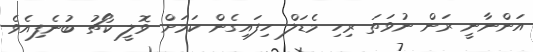
އަންނާނީ ރަން ނުވަތަ ރިހި މެޑަލް ހިފައިގެން ކަމަށް ވޮލީ ކޯޗު ބުނެފިއެވެ